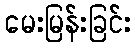
မေးမြန်းခြင်း